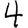
Digit: 4